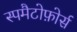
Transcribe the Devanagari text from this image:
स्पमैटोफ़ोर्स